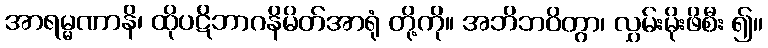
အာရမ္မဏာနိ၊ ထိုပဋိဘာဂနိမိတ်အာရုံ တို့ကို။ အဘိဘဝိတွာ၊ လွှမ်းမိုးဖိစီး ၍။